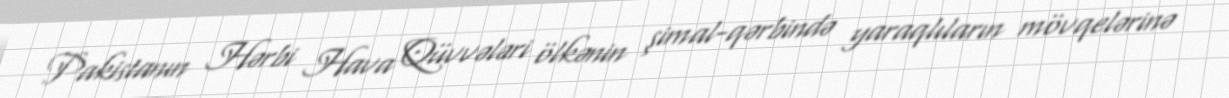
Pakistanın Hərbi Hava Qüvvələri ölkənin şimal-qərbində yaraqlıların mövqelərinə